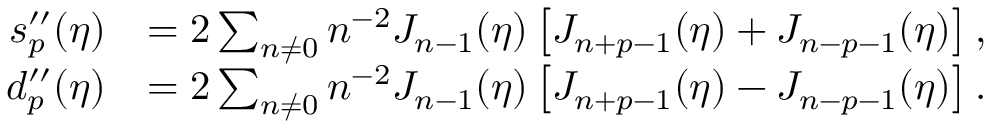
\begin{array} { r l } { s _ { p } ^ { \prime \prime } ( \eta ) } & { = 2 \sum _ { n \neq 0 } n ^ { - 2 } J _ { n - 1 } ( \eta ) \left[ J _ { n + p - 1 } ( \eta ) + J _ { n - p - 1 } ( \eta ) \right] , } \\ { d _ { p } ^ { \prime \prime } ( \eta ) } & { = 2 \sum _ { n \neq 0 } n ^ { - 2 } J _ { n - 1 } ( \eta ) \left[ J _ { n + p - 1 } ( \eta ) - J _ { n - p - 1 } ( \eta ) \right] . } \end{array}